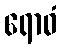
ရောဓံ